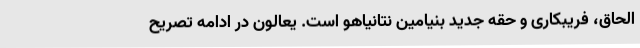
الحاق، فریبکاری و حقه جدید بنیامین نتانیاهو است. یعالون در ادامه تصریح